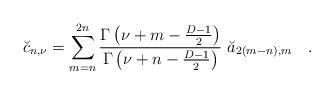
LaTeX: \begin{align*}\breve{c}_{n,\nu}=\sum_{m=n}^{2n}{\Gamma\left(\nu+m-{D-1 \over 2}\right) \over \Gamma\left(\nu+n-{D-1 \over 2}\right)}~\breve{a}_{2(m-n),m}~~~.\end{align*}